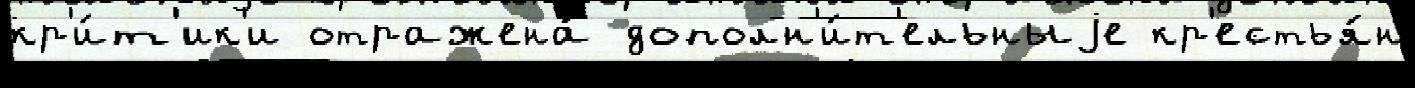
кр'и́т'ик'и отражена́ дополн'и́т'ельныjе кр'естья́н